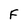
Character: F